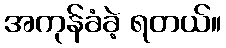
အကုန်ခံခဲ့ ရတယ်။